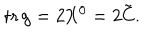
\mathrm { t r } \, g = 2 X ^ { 0 } = 2 { \tilde { C } } .